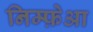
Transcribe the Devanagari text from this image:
निम्फ़ेआ